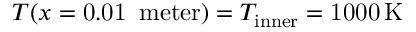
T ( x = \ensuremath { \mathrm { 0 . 0 1 } } \ensuremath { \, } \ensuremath { \mathrm { \ m e t e r } } ) = T _ { \mathrm { i n n e r } } = \ensuremath { \mathrm { 1 0 0 0 } } \ensuremath { \, } \ensuremath { \mathrm { K } }